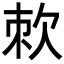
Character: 𭭇